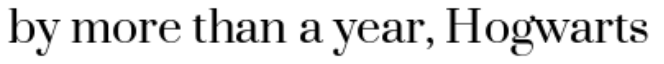
by more than a year, Hogwarts